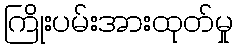
ကြိုးပမ်းအားထုတ်မှု